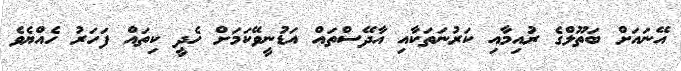
އޭނައަށް ބަތޫލްގެ ރުއިމާއި ކަރުނަތަކާއި އާދޭސްތައް އަޑުނީވޭކަމަށް ހެދީ ކިތައް ފަހަރު ހެއްޔެވެ